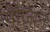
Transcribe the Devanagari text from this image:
मीज़ान